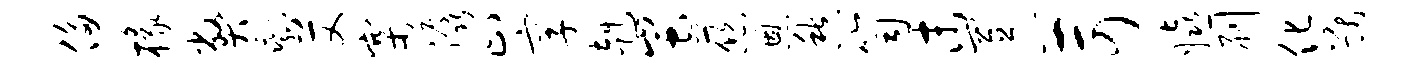
侈椽弊剩艾寨潺止享赳蚩慈恩愁笥末置苛嬉刷化猷